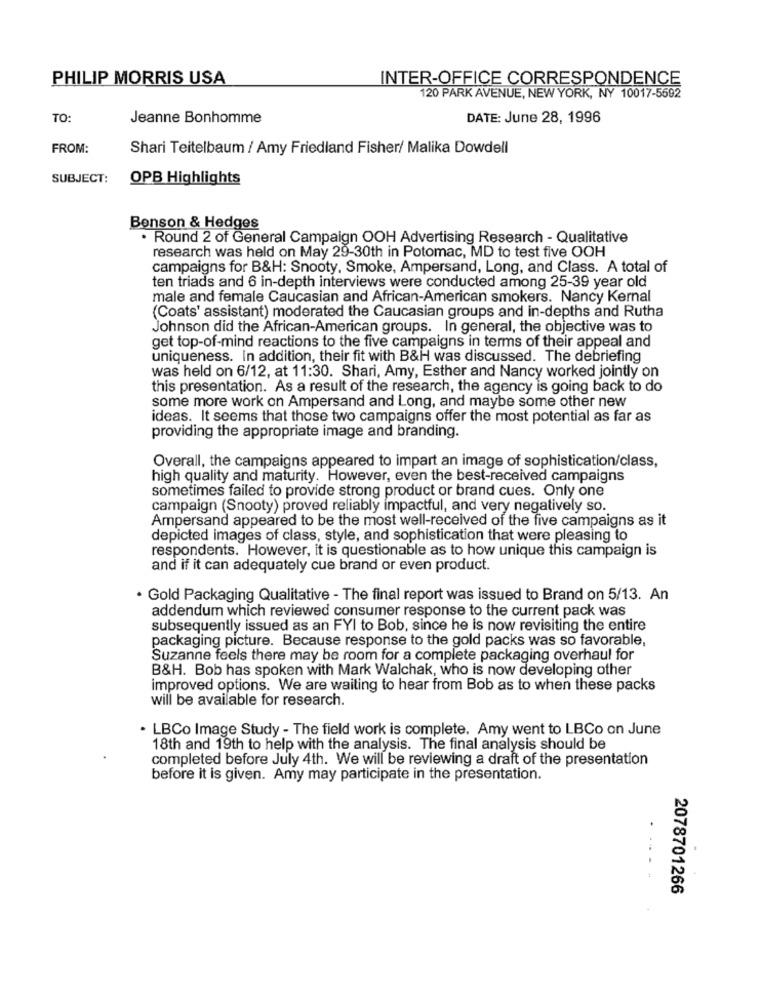
PHILIP MORRIS USA
INTER-OFFICE CORRESPONDENCE
120 PARK AVENUE, NEW YORK, NY 10017-5592
TO:
Jeanne Bonhomme
DATE: June 28, 1996
FROM:
Shari Teitelbaum / Amy Friedland Fisher/ Malika Dowdell
SUBJECT:
OPB Highlights
Benson & Hedges
. Round 2 of General Campaign OOH Advertising Research - Qualitative
research was held on May 29-30th in Potomac, MD to test five OOH
campaigns for B&H: Snooty, Smoke, Ampersand, Long, and Class. A total of
ten triads and 6 in-depth interviews were conducted among 25-39 year old
male and female Caucasian and African-American smokers. Nancy Kernal
(Coats' assistant) moderated the Caucasian groups and in-depths and Rutha
Johnson did the African-American groups. In general, the objective was to
get top-of-mind reactions to the five campaigns in terms of their appeal and
uniqueness. In addition, their fit with B&H was discussed. The debriefing
was held on 6/12, at 11:30. Shari, Amy, Esther and Nancy worked jointly on
this presentation. As a result of the research, the agency is going back to do
some more work on Ampersand and Long, and maybe some other new
ideas. It seems that those two campaigns offer the most potential as far as
providing the appropriate image and branding.
Overall, the campaigns appeared to impart an image of sophistication/class,
high quality and maturity. However, even the best-received campaigns
sometimes failed to provide strong product or brand cues. Only one
campaign (Snooty) proved reliably impactful, and very negatively so.
Ampersand appeared to be the most well-received of the five campaigns as it
depicted images of class, style, and sophistication that were pleasing to
respondents. However, it is questionable as to how unique this campaign is
and if it can adequately cue brand or even product.
. Gold Packaging Qualitative - The final report was issued to Brand on 5/13. An
addendum which reviewed consumer response to the current pack was
subsequently issued as an FYI to Bob, since he is now revisiting the entire
packaging picture. Because response to the gold packs was so favorable,
Suzanne feels there may be room for a complete packaging overhaul for
B&H. Bob has spoken with Mark Walchak, who is now developing other
improved options. We are waiting to hear from Bob as to when these packs
will be available for research.
. LBCo Image Study - The field work is complete. Amy went to LBCo on June
18th and 19th to help with the analysis. The final analysis should be
completed before July 4th. We will be reviewing a draft of the presentation
before it is given. Amy may participate in the presentation.
2078701266